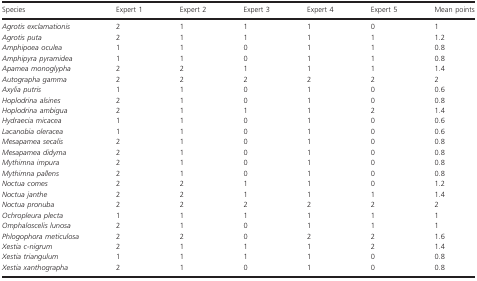
<table><thead><tr><td><b>Species</b></td><td><b>Expert 1</b></td><td><b>Expert 2</b></td><td><b>Expert 3</b></td><td><b>Expert 4</b></td><td><b>Expert 5</b></td><td><b>Mean points</b></td></tr></thead><tbody><tr><td><i>Agrotis exclamationis</i></td><td>2</td><td>1</td><td>1</td><td>1</td><td>0</td><td>1</td></tr><tr><td><i>Agrotis puta</i></td><td>2</td><td>1</td><td>1</td><td>1</td><td>1</td><td>1.2</td></tr><tr><td><i>Amphipoea oculea</i></td><td>1</td><td>1</td><td>0</td><td>1</td><td>1</td><td>0.8</td></tr><tr><td><i>Amphipyra pyramidea</i></td><td>1</td><td>1</td><td>0</td><td>1</td><td>1</td><td>0.8</td></tr><tr><td><i>Apamea monoglypha</i></td><td>2</td><td>2</td><td>1</td><td>1</td><td>1</td><td>1.4</td></tr><tr><td><i>Autographa gamma</i></td><td>2</td><td>2</td><td>2</td><td>2</td><td>2</td><td>2</td></tr><tr><td><i>Axylia putris</i></td><td>1</td><td>1</td><td>0</td><td>1</td><td>0</td><td>0.6</td></tr><tr><td><i>Hoplodrina alsines</i></td><td>2</td><td>1</td><td>0</td><td>1</td><td>0</td><td>0.8</td></tr><tr><td><i>Hoplodrina ambigua</i></td><td>2</td><td>1</td><td>1</td><td>1</td><td>2</td><td>1.4</td></tr><tr><td><i>Hydraecia micacea</i></td><td>1</td><td>1</td><td>0</td><td>1</td><td>0</td><td>0.6</td></tr><tr><td><i>Lacanobia oleracea</i></td><td>1</td><td>1</td><td>0</td><td>1</td><td>0</td><td>0.6</td></tr><tr><td><i>Mesapamea secalis</i></td><td>2</td><td>1</td><td>0</td><td>1</td><td>0</td><td>0.8</td></tr><tr><td><i>Mesapamea didyma</i></td><td>2</td><td>1</td><td>0</td><td>1</td><td>0</td><td>0.8</td></tr><tr><td><i>Mythimna impura</i></td><td>2</td><td>1</td><td>0</td><td>1</td><td>0</td><td>0.8</td></tr><tr><td><i>Mythimna pallens</i></td><td>2</td><td>1</td><td>0</td><td>1</td><td>0</td><td>0.8</td></tr><tr><td><i>Noctua comes</i></td><td>2</td><td>2</td><td>1</td><td>1</td><td>0</td><td>1.2</td></tr><tr><td><i>Noctua janthe</i></td><td>2</td><td>2</td><td>1</td><td>1</td><td>1</td><td>1.4</td></tr><tr><td><i>Noctua pronuba</i></td><td>2</td><td>2</td><td>2</td><td>2</td><td>2</td><td>2</td></tr><tr><td><i>Ochropleura plecta</i></td><td>1</td><td>1</td><td>1</td><td>1</td><td>1</td><td>1</td></tr><tr><td><i>Omphaloscelis lunosa</i></td><td>2</td><td>1</td><td>0</td><td>1</td><td>1</td><td>1</td></tr><tr><td><i>Phlogophora meticulosa</i></td><td>2</td><td>2</td><td>0</td><td>2</td><td>2</td><td>1.6</td></tr><tr><td><i>Xestia c‐nigrum</i></td><td>2</td><td>1</td><td>1</td><td>1</td><td>2</td><td>1.4</td></tr><tr><td><i>Xestia triangulum</i></td><td>1</td><td>1</td><td>1</td><td>1</td><td>0</td><td>0.8</td></tr><tr><td><i>Xestia xanthographa</i></td><td>2</td><td>1</td><td>0</td><td>1</td><td>0</td><td>0.8</td></tr></tbody></table>